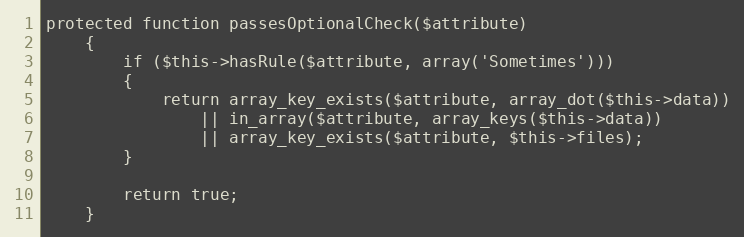
Language: PHP
protected function passesOptionalCheck($attribute)
	{
		if ($this->hasRule($attribute, array('Sometimes')))
		{
			return array_key_exists($attribute, array_dot($this->data))
				|| in_array($attribute, array_keys($this->data))
				|| array_key_exists($attribute, $this->files);
		}

		return true;
	}